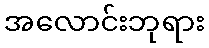
အလောင်းဘုရား